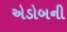
એડોબની